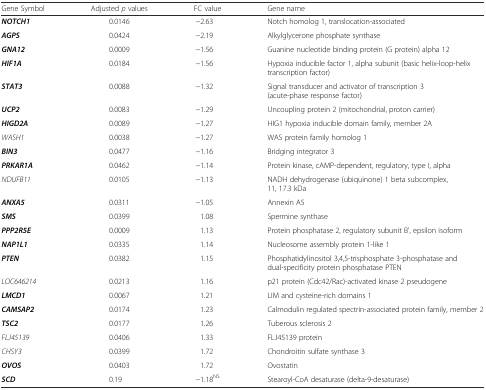
| Gene Symbol | Adjusted p values | FC value | Gene name |
 | --- | --- | --- | --- |
 | NOTCH1 | 0.0146 | −2.63 | Notch homolog 1, translocation-associated |
 | AGPS | 0.0424 | −2.19 | Alkylglycerone phosphate synthase |
 | GNA12 | 0.0009 | −1.56 | Guanine nucleotide binding protein (G protein) alpha 12 |
 | HIF1A | 0.0184 | −1.56 | Hypoxia inducible factor 1, alpha subunit (basic helix-loop-helix transcription factor) |
 | STAT3 | 0.0088 | −1.32 | Signal transducer and activator of transcription 3 (acute-phase response factor) |
 | UCP2 | 0.0083 | −1.29 | Uncoupling protein 2 (mitochondrial, proton carrier) |
 | HIGD2A | 0.0089 | −1.27 | HIG1 hypoxia inducible domain family, member 2A |
 | WASH1 | 0.0038 | −1.27 | WAS protein family homolog 1 |
 | BIN3 | 0.0477 | −1.16 | Bridging integrator 3 |
 | PRKAR1A | 0.0462 | −1.14 | Protein kinase, cAMP-dependent, regulatory, type I, alpha |
 | NDUFB11 | 0.0105 | −1.13 | NADH dehydrogenase (ubiquinone) 1 beta subcomplex, 11, 17.3 kDa |
 | ANXA5 | 0.0311 | −1.05 | Annexin A5 |
 | SMS | 0.0399 | 1.08 | Spermine synthase |
 | PPP2R5E | 0.0009 | 1.13 | Protein phosphatase 2, regulatory subunit B', epsilon isoform |
 | NAP1L1 | 0.0335 | 1.14 | Nucleosome assembly protein 1-like 1 |
 | PTEN | 0.0382 | 1.15 | Phosphatidylinositol 3,4,5-trisphosphate 3-phosphatase and dual-specificity protein phosphatase PTEN |
 | LOC646214 | 0.0213 | 1.16 | p21 protein (Cdc42/Rac)-activated kinase 2 pseudogene |
 | LMCD1 | 0.0067 | 1.21 | LIM and cysteine-rich domains 1 |
 | CAMSAP2 | 0.0174 | 1.23 | Calmodulin regulated spectrin-associated protein family, member 2 |
 | TSC2 | 0.0177 | 1.26 | Tuberous sclerosis 2 |
 | FLJ45139 | 0.0406 | 1.33 | FLJ45139 protein |
 | CHSY3 | 0.0399 | 1.72 | Chondroitin sulfate synthase 3 |
 | OVOS | 0.0403 | 1.72 | Ovostatin |
 | SCD | 0.19 | −1.18NS | Stearoyl-CoA desaturase (delta-9-desaturase) |